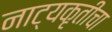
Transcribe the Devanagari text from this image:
नाट्यकृतीचा